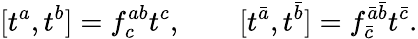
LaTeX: [t^{a},t^{b}]=f_{c}^{ab}t^{c},~~~~~~~~[t^{\bar{a}},t^{\bar{b}}]=f_{\bar{c}}^{\bar{a}\bar{b}}t^{\bar{c}}.